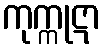
ကုက္ကုဋာ